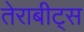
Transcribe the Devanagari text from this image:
तेराबीट्स